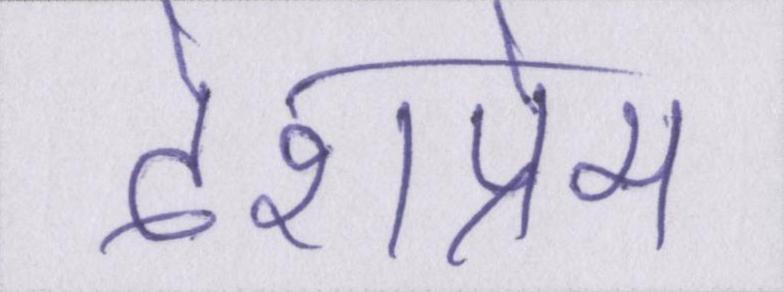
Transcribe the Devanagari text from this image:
देशप्रेम